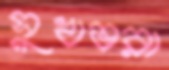
সুখভরা